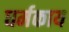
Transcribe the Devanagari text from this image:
धर्मकाय